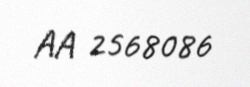
AA 2568086